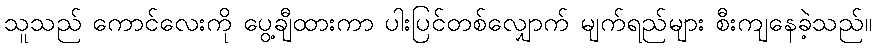
သူသည် ကောင်လေးကို ပွေ့ချီထားကာ ပါးပြင်တစ်လျှောက် မျက်ရည်များ စီးကျနေခဲ့သည်။